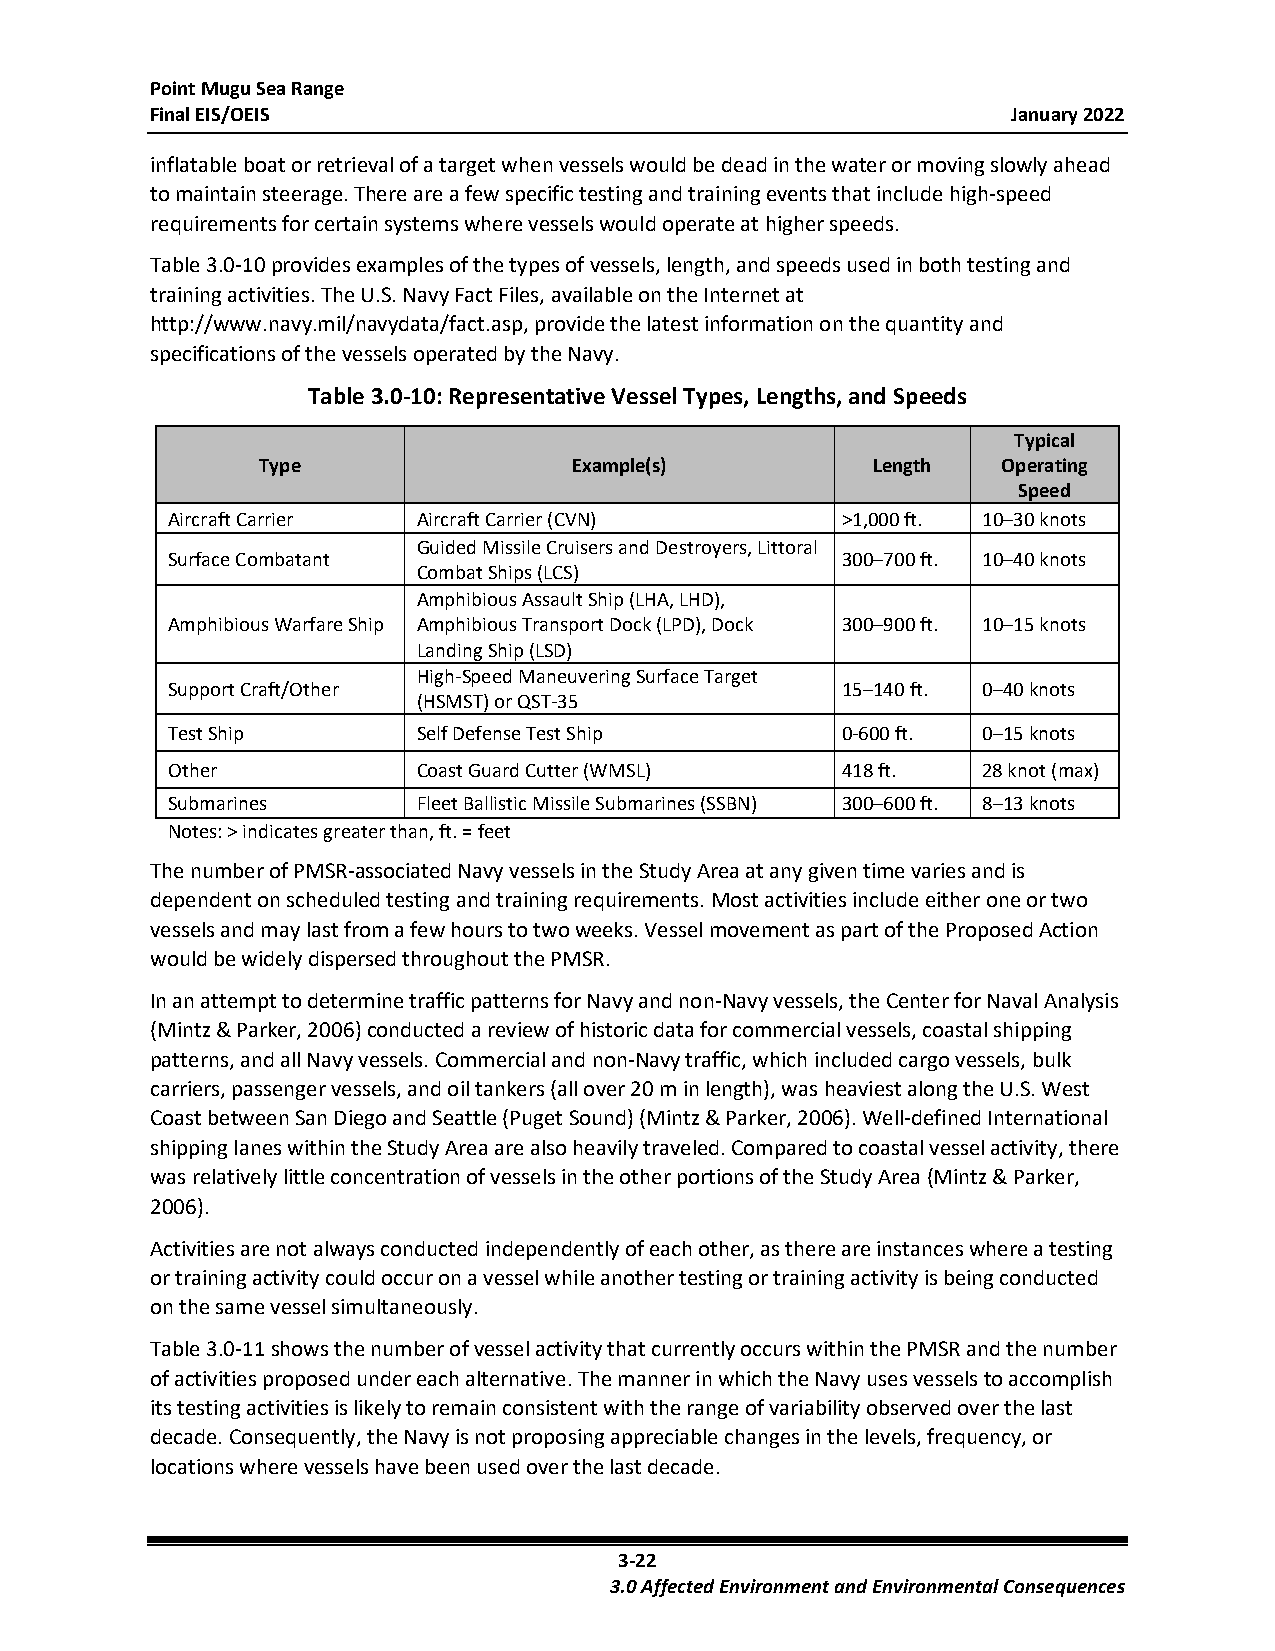
Point Mugu Sea Range
 Final EIS/OEIS                                           January 2022
 inflatable boat or retrieval of a target when vessels would be dead in the water or moving slowly ahead
 to maintain steerage. There are a few specific testing and training events that include high-speed
 requirements for certain systems where vessels would operate at higher speeds.
 Table 3.0-10 provides examples of the types of vessels, length, and speeds used in both testing and
 training activities. The U.S. Navy Fact Files, available on the Internet at
 http://www.navy.mil/navydata/fact.asp, provide the latest information on the quantity and
 specifications of the vessels operated by the Navy.
 Table 3.0-10: Representative Vessel Types, Lengths, and Speeds
 Typical
 Type                 Example(s)          Length  Operating
 Speed
 Aircraft Carrier Aircraft Carrier (CVN)      >1,000 ft. 10–30 knots
 Guided Missile Cruisers and Destroyers, Littoral
 Surface Combatant                            300–700 ft. 10–40 knots
 Combat Ships (LCS)
 Amphibious Assault Ship (LHA, LHD),
 Amphibious Warfare Ship Amphibious Transport Dock (LPD), Dock 300–900 ft. 10–15 knots
 Landing Ship (LSD)
 High-Speed Maneuvering Surface Target
 Support Craft/Other                          15–140 ft. 0–40 knots
 (HSMST) or QST-35
 Test Ship        Self Defense Test Ship      0-600 ft. 0–15 knots
 Other            Coast Guard Cutter (WMSL)   418 ft.  28 knot (max)
 Submarines       Fleet Ballistic Missile Submarines (SSBN) 300–600 ft. 8–13 knots
 Notes: > indicates greater than, ft. = feet
 The number of PMSR-associated Navy vessels in the Study Area at any given time varies and is
 dependent on scheduled testing and training requirements. Most activities include either one or two
 vessels and may last from a few hours to two weeks. Vessel movement as part of the Proposed Action
 would be widely dispersed throughout the PMSR.
 In an attempt to determine traffic patterns for Navy and non-Navy vessels, the Center for Naval Analysis
 (Mintz & Parker, 2006) conducted a review of historic data for commercial vessels, coastal shipping
 patterns, and all Navy vessels. Commercial and non-Navy traffic, which included cargo vessels, bulk
 carriers, passenger vessels, and oil tankers (all over 20 m in length), was heaviest along the U.S. West
 Coast between San Diego and Seattle (Puget Sound) (Mintz & Parker, 2006). Well-defined International
 shipping lanes within the Study Area are also heavily traveled. Compared to coastal vessel activity, there
 was relatively little concentration of vessels in the other portions of the Study Area (Mintz & Parker,
 2006).
 Activities are not always conducted independently of each other, as there are instances where a testing
 or training activity could occur on a vessel while another testing or training activity is being conducted
 on the same vessel simultaneously.
 Table 3.0-11 shows the number of vessel activity that currently occurs within the PMSR and the number
 of activities proposed under each alternative. The manner in which the Navy uses vessels to accomplish
 its testing activities is likely to remain consistent with the range of variability observed over the last
 decade. Consequently, the Navy is not proposing appreciable changes in the levels, frequency, or
 locations where vessels have been used over the last decade.
 3-22
 3.0 Affected Environment and Environmental Consequences